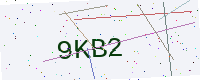
Text: 9KB2